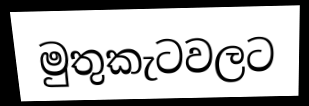
මුතුකැටවලට